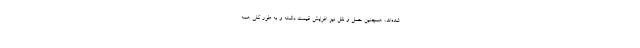
شده‌اند، همچنین حمل و نقل نیز افزایش قیمت داشته و به طور کلی همه